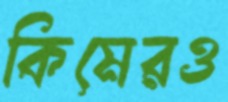
কিমেরও